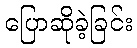
ပြောဆိုခဲ့ခြင်း